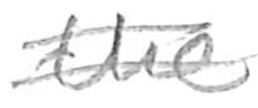
Text: the
Cross-out: mix
Writing tool: pencil